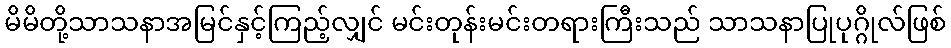
မိမိတို့သာသနာအမြင်နှင့်ကြည့်လျှင် မင်းတုန်းမင်းတရားကြီးသည် သာသနာပြုပုဂ္ဂိုလ်ဖြစ်